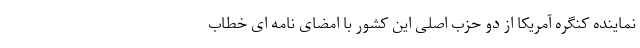
نماینده کنگره آمریکا از دو حزب اصلی این کشور با امضای نامه ای خطاب